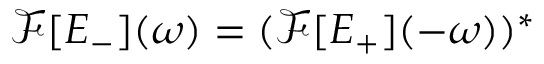
\mathcal { F } [ E _ { - } ] ( \omega ) = ( \mathcal { F } [ E _ { + } ] ( - \omega ) ) ^ { * }